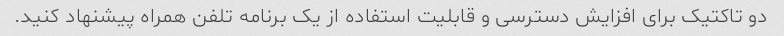
دو تاکتیک برای افزایش دسترسی و قابلیت استفاده از یک برنامه تلفن همراه پیشنهاد کنید.